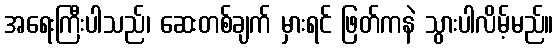
အရေးကြီးပါသည်၊ ဆေးတစ်ချက် မှားရင် ဖြတ်ကနဲ သွားပါလိမ့်မည်။